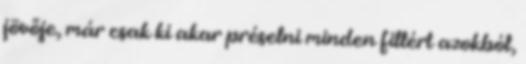
jövője, már csak ki akar préselni minden fillért azokból,